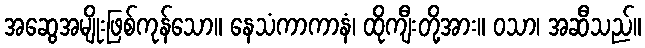
အဆွေအမျိုးဖြစ်ကုန်သော။ နေသံကာကာနံ၊ ထိုကျီးတို့အား။ ဝသာ၊ အဆီသည်။